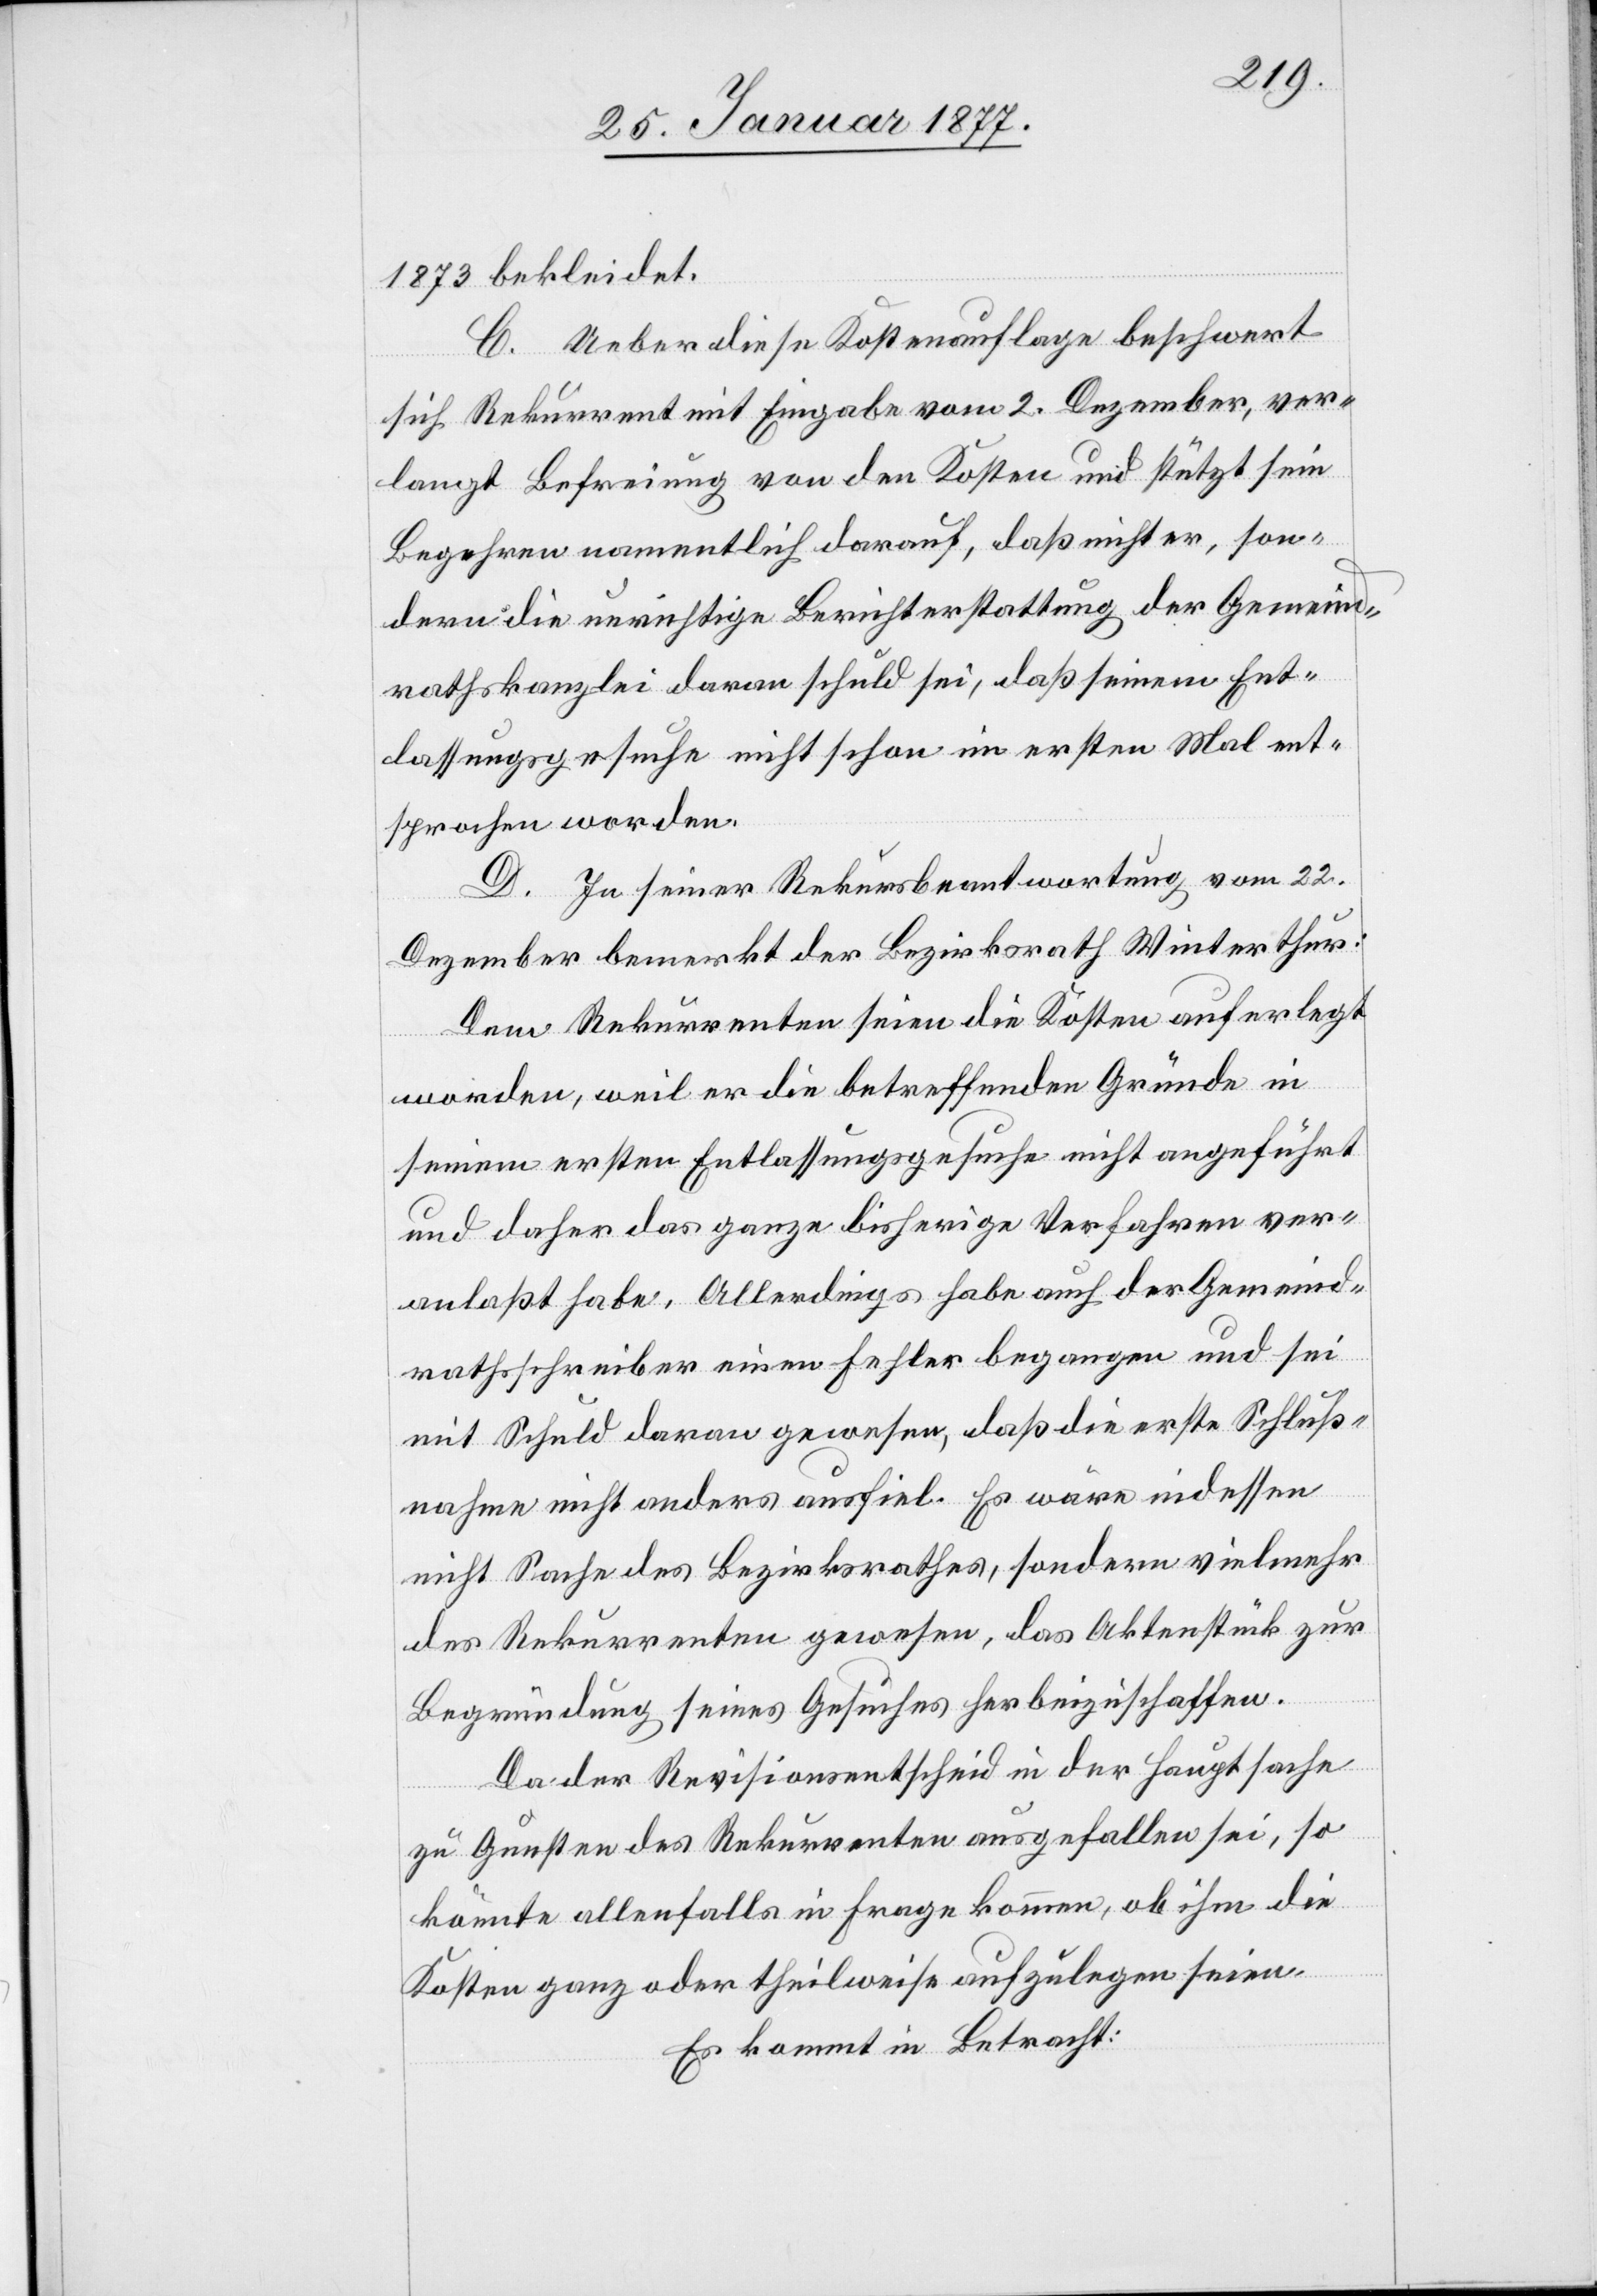
1873 bekleidet.
C. Ueber diese Kostenauflage beschwert
sich Rekurrent mit Eingabe vom 2. Dezember, ver¬
langt Befreiung von den Kosten und stützt sein
Begehren namentlich darauf, daß nicht er, son¬
dern die unrichtige Berichterstattung der Gemeind¬
rathskanzlei daran schuld sei, daß seinem Ent¬
lassungsgesuche nicht schon im ersten Mal ent¬
sprochen worden.
D. In seiner Rekursbeantwortung vom 22.
Dezember bemerkt der Bezirksrath Winterthur:
Dem Rekurrenten seien die Kosten auferlegt
worden, weil er die betreffenden Gründe in
seinem ersten Entlassungsgesuche nicht angeführt
und daher das ganze bisherige Verfahren ver¬
anlaßt habe. Allerdings habe auch der Gemeind¬
rathsschreiber einen Fehler begangen und sei
mit Schuld daran gewesen, daß die erste Schluß¬
nahme nicht anders ausfiel. Es wäre indessen
nicht Sache des Bezirksrathes, sondern vielmehr
des Rekurrenten gewesen, das Aktenstück zur
Begründung seines Gesuches herbeizuschaffen.
Da der Revisionsentscheid in der Hauptsache
zu Gunsten des Rekurrenten ausgefallen sei, so
könnte allenfalls in Frage kommen, ob ihm die
Kosten ganz oder theilweise aufzulegen seien.
Es kommt in Betracht: